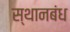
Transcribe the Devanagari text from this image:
स्थानबंध